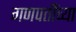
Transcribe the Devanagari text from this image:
गणपतींच्या